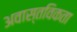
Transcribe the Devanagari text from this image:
अवास्तविकता